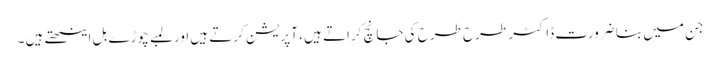
جن میں بنا ضرورت ڈاکٹر طرح طرح کی جانچ کراتے ہیں ، آپریشن کرتے ہیں اور لمبے چوڑے بل اینٹھتے ہیں ۔